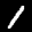
Label: 1